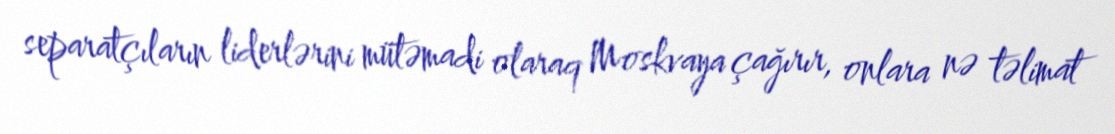
separatçıların liderlərini mütəmadi olaraq Moskvaya çağırır, onlara nə təlimat